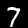
Digit: 7